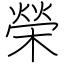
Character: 榮